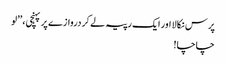
پرس نکالا اور ایک رپیہ لے کر دروازے پر پہنچی، ’’لو
چاچا!